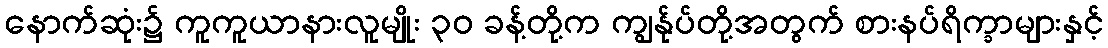
နောက်ဆုံး၌ ကူကူယာနားလူမျိုး ၃၀ ခန့်တို့က ကျွန်ုပ်တို့အတွက် စားနပ်ရိက္ခာများနှင့်